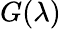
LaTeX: G(\lambda)